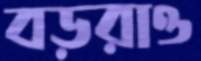
বড়রাও